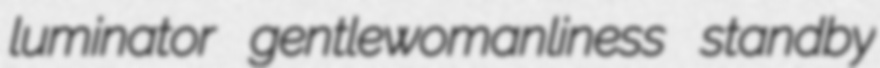
luminator gentlewomanliness standby